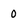
Character: 0